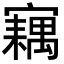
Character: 𡫢